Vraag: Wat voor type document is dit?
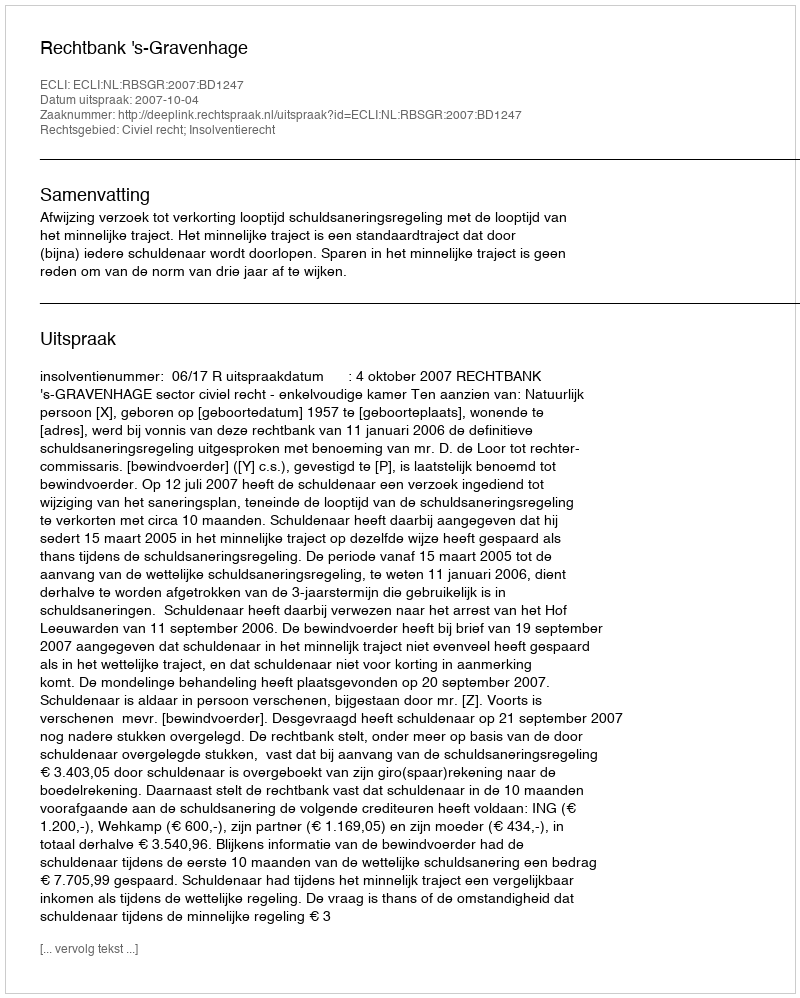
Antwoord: Uitspraak